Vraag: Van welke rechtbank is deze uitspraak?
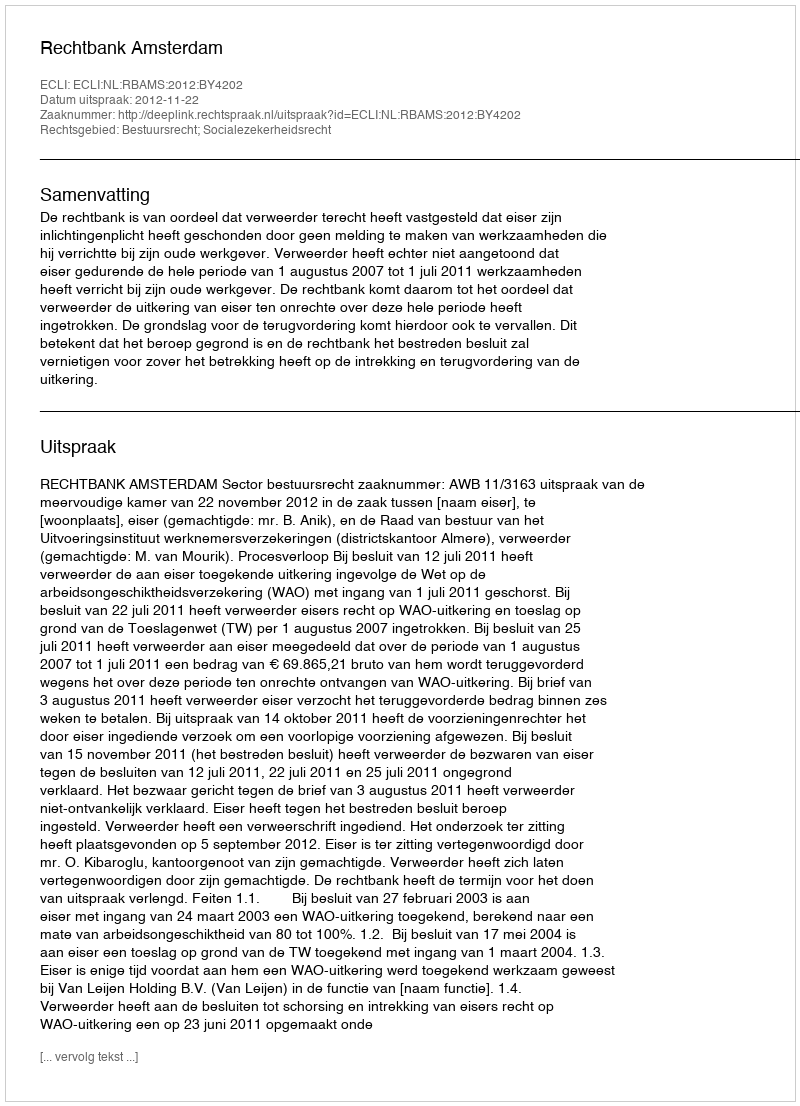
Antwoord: Rechtbank Amsterdam